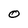
Character: O